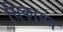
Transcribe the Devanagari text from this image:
सिकायत